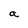
Character: a